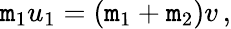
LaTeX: \mathtt{m}_{1}u_{1}=\left(\mathtt{m}_{1}+\mathtt{m}_{2}\right)v\, ,